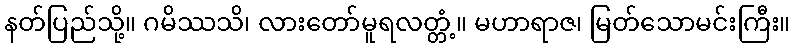
နတ်ပြည်သို့။ ဂမိဿသိ၊ လားတော်မူရလတ္တံ့။ မဟာရာဇ၊ မြတ်သောမင်းကြီး။